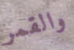
والقمر